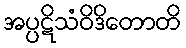
အပ္ပဋိသံဝိဒိတောတိ